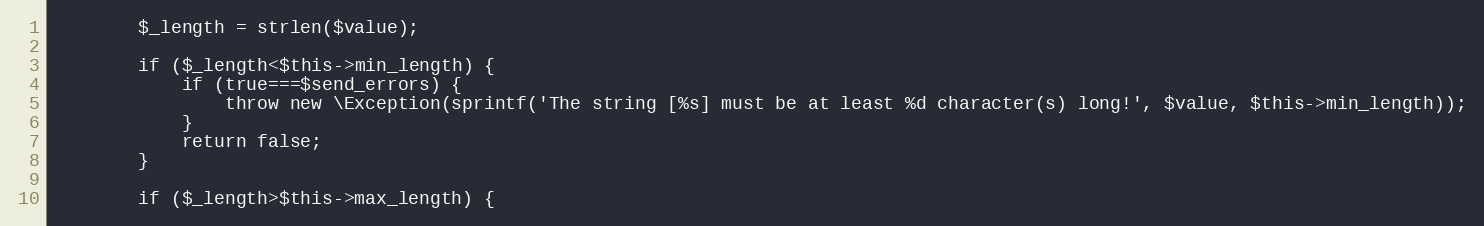
Language: PHP
        $_length = strlen($value);

        if ($_length<$this->min_length) {
            if (true===$send_errors) {
                throw new \Exception(sprintf('The string [%s] must be at least %d character(s) long!', $value, $this->min_length));
            }
            return false;
        }

        if ($_length>$this->max_length) {